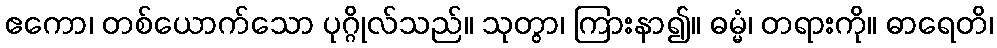
ဧကော၊ တစ်ယောက်သော ပုဂ္ဂိုလ်သည်။ သုတွာ၊ ကြားနာ၍။ ဓမ္မံ၊ တရားကို။ ဓာရေတိ၊